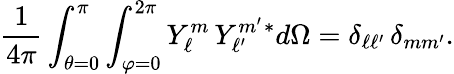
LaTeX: {\frac{1}{4\pi}}\int_{\theta=0}^{\pi}\int_{\varphi=0}^{2\pi}Y_{\ell}^{m}\, Y_{\ell^{\prime}}^{m^{\prime}}{}^{*}d\Omega=\delta_{\ell\ell^{\prime}}\, \delta_{mm^{\prime}}.